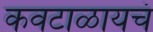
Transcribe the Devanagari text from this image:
कवटाळायचं